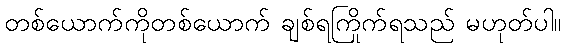
တစ်ယောက်ကိုတစ်ယောက် ချစ်ရကြိုက်ရသည် မဟုတ်ပါ။